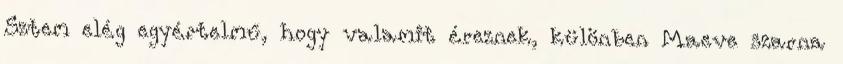
Sztem elég egyértelmű, hogy valamit éreznek, különben Maeve szarna